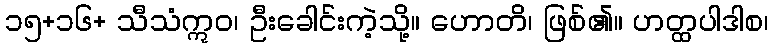
၁၅+၁၆+ သီသံဣဝ၊ ဦးခေါင်းကဲ့သို့။ ဟောတိ၊ ဖြစ်၏။ ဟတ္ထပါဒါစ၊